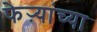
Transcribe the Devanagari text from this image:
फेऱ्यांच्या